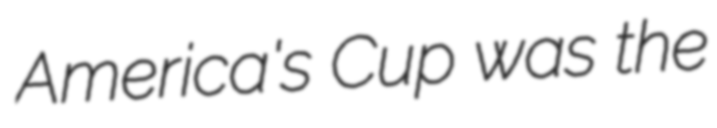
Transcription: America's Cup was the